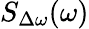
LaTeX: S_{\Delta\omega}(\omega)